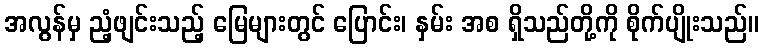
အလွန်မှ ညံ့ဖျင်းသည့် မြေများတွင် ပြောင်း၊ နှမ်း အစ ရှိသည်တို့ကို စိုက်ပျိုးသည်။